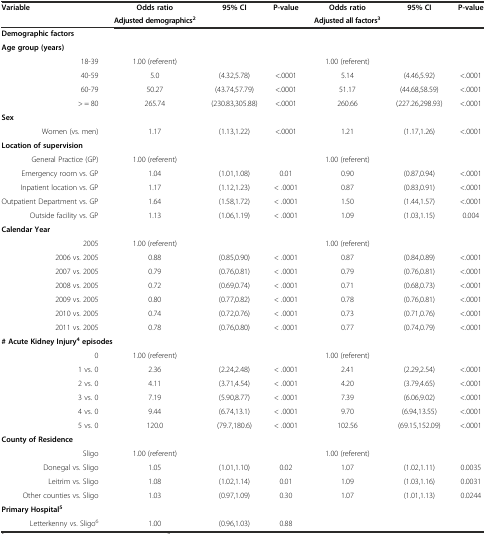
<table><thead><tr><td rowspan="2"><b>Variable</b></td><td><b>Odds ratio</b></td><td rowspan="2"><b>95% CI</b></td><td rowspan="2"><b>P-value</b></td><td><b>Odds ratio</b></td><td rowspan="2"><b>95% CI</b></td><td rowspan="2"><b>P-value</b></td></tr><tr><td><b>Adjusted demographics<sup>2</sup></b></td><td><b>Adjusted all factors<sup>3</sup></b></td></tr></thead><tbody><tr><td colspan="7"><b>Demographic factors</b></td></tr><tr><td colspan="7"><b>Age group (years)</b></td></tr><tr><td>18-39</td><td>1.00 (referent)</td><td></td><td></td><td>1.00 (referent)</td><td></td><td></td></tr><tr><td>40-59</td><td>5.0</td><td>(4.32,5.78)</td><td>&lt;.0001</td><td>5.14</td><td>(4.46,5.92)</td><td>&lt;.0001</td></tr><tr><td>60-79</td><td>50.27</td><td>(43.74,57.79)</td><td>&lt;.0001</td><td>51.17</td><td>(44.68,58.59)</td><td>&lt;.0001</td></tr><tr><td>&gt; = 80</td><td>265.74</td><td>(230.83,305.88)</td><td>&lt;.0001</td><td>260.66</td><td>(227.26,298.93)</td><td>&lt;.0001</td></tr><tr><td><b>Sex</b></td><td></td><td></td><td></td><td></td><td></td><td></td></tr><tr><td>Women (vs. men)</td><td>1.17</td><td>(1.13,1.22)</td><td>&lt;.0001</td><td>1.21</td><td>(1.17,1.26)</td><td>&lt;.0001</td></tr><tr><td colspan="7"><b>Location of supervision</b></td></tr><tr><td>General Practice (GP)</td><td>1.00 (referent)</td><td></td><td></td><td>1.00 (referent)</td><td></td><td></td></tr><tr><td>Emergency room vs. GP</td><td>1.04</td><td>(1.01,1.08)</td><td>0.01</td><td>0.90</td><td>(0.87,0.94)</td><td>&lt;.0001</td></tr><tr><td>Inpatient location vs. GP</td><td>1.17</td><td>(1.12,1.23)</td><td>&lt; .0001</td><td>0.87</td><td>(0.83,0.91)</td><td>&lt;.0001</td></tr><tr><td>Outpatient Department vs. GP</td><td>1.64</td><td>(1.58,1.72)</td><td>&lt; .0001</td><td>1.50</td><td>(1.44,1.57)</td><td>&lt;.0001</td></tr><tr><td>Outside facility vs. GP</td><td>1.13</td><td>(1.06,1.19)</td><td>&lt; .0001</td><td>1.09</td><td>(1.03,1.15)</td><td>0.004</td></tr><tr><td colspan="7"><b>Calendar Year</b></td></tr><tr><td>2005</td><td>1.00 (referent)</td><td></td><td></td><td>1.00 (referent)</td><td></td><td></td></tr><tr><td>2006 vs. 2005</td><td>0.88</td><td>(0.85,0.90)</td><td>&lt; .0001</td><td>0.87</td><td>(0.84,0.89)</td><td>&lt;.0001</td></tr><tr><td>2007 vs. 2005</td><td>0.79</td><td>(0.76,0.81)</td><td>&lt; .0001</td><td>0.79</td><td>(0.76,0.81)</td><td>&lt;.0001</td></tr><tr><td>2008 vs. 2005</td><td>0.72</td><td>(0.69,0.74)</td><td>&lt; .0001</td><td>0.71</td><td>(0.68,0.73)</td><td>&lt;.0001</td></tr><tr><td>2009 vs. 2005</td><td>0.80</td><td>(0.77,0.82)</td><td>&lt; .0001</td><td>0.78</td><td>(0.76,0.81)</td><td>&lt;.0001</td></tr><tr><td>2010 vs. 2005</td><td>0.74</td><td>(0.72,0.76)</td><td>&lt; .0001</td><td>0.73</td><td>(0.71,0.76)</td><td>&lt;.0001</td></tr><tr><td>2011 vs. 2005</td><td>0.78</td><td>(0.76,0.80)</td><td>&lt; .0001</td><td>0.77</td><td>(0.74,0.79)</td><td>&lt;.0001</td></tr><tr><td colspan="7"><b># Acute Kidney Injury</b><sup><b>4</b></sup><b>episodes</b></td></tr><tr><td>0</td><td>1.00 (referent)</td><td></td><td></td><td>1.00 (referent)</td><td></td><td></td></tr><tr><td>1 vs. 0</td><td>2.36</td><td>(2.24,2.48)</td><td>&lt; .0001</td><td>2.41</td><td>(2.29,2.54)</td><td>&lt;.0001</td></tr><tr><td>2 vs. 0</td><td>4.11</td><td>(3.71,4.54)</td><td>&lt; .0001</td><td>4.20</td><td>(3.79,4.65)</td><td>&lt;.0001</td></tr><tr><td>3 vs. 0</td><td>7.19</td><td>(5.90,8.77)</td><td>&lt; .0001</td><td>7.39</td><td>(6.06,9.02)</td><td>&lt;.0001</td></tr><tr><td>4 vs. 0</td><td>9.44</td><td>(6.74,13.1)</td><td>&lt; .0001</td><td>9.70</td><td>(6.94,13.55)</td><td>&lt;.0001</td></tr><tr><td>5 vs. 0</td><td>120.0</td><td>(79.7,180.6)</td><td>&lt; .0001</td><td>102.56</td><td>(69.15,152.09)</td><td>&lt;.0001</td></tr><tr><td colspan="7"><b>County of Residence</b></td></tr><tr><td>Sligo</td><td>1.00 (referent)</td><td></td><td></td><td>1.00 (referent)</td><td></td><td></td></tr><tr><td>Donegal vs. Sligo</td><td>1.05</td><td>(1.01,1.10)</td><td>0.02</td><td>1.07</td><td>(1.02,1.11)</td><td>0.0035</td></tr><tr><td>Leitrim vs. Sligo</td><td>1.08</td><td>(1.02,1.14)</td><td>0.01</td><td>1.09</td><td>(1.03,1.16)</td><td>0.0031</td></tr><tr><td>Other counties vs. Sligo</td><td>1.03</td><td>(0.97,1.09)</td><td>0.30</td><td>1.07</td><td>(1.01,1.13)</td><td>0.0244</td></tr><tr><td colspan="7"><b>Primary Hospital</b><sup><b>5</b></sup></td></tr><tr><td>Letterkenny vs. Sligo<sup>6</sup></td><td>1.00</td><td>(0.96,1.03)</td><td>0.88</td><td></td><td></td><td></td></tr></tbody></table>